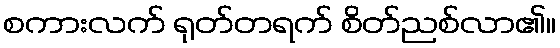
စကားလက် ရုတ်တရက် စိတ်ညစ်လာ၏။